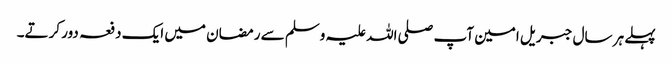
پہلے ہر سال جبریل امین آپ صلی اللہ علیہ وسلم سے رمضان میں ایک دفعہ دور کرتے۔